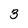
Character: 3